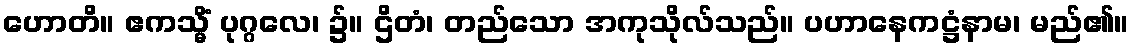
ဟောတိ။ ဧကသ္မိံ ပုဂ္ဂလေ၊ ၌။ ဌိတံ၊ တည်သော အကုသိုလ်သည်။ ပဟာနေကဋ္ဌံနာမ၊ မည်၏။